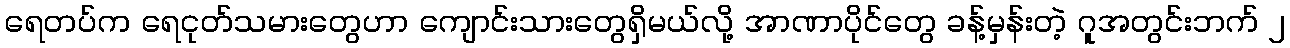
ရေတပ်က ရေငုတ်သမားတွေဟာ ကျောင်းသားတွေရှိမယ်လို့ အာဏာပိုင်တွေ ခန့်မှန်းတဲ့ ဂူအတွင်းဘက် ၂